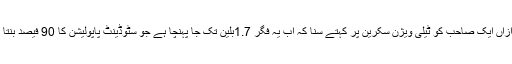
بعد ازاں ایک صاحب کو ٹیلی ویژن سکرین پر کہتے سُنا کہ اب یہ فِگر 1.7بلّین تک جا پہنچا ہے جو سٹوڈینٹ پاپولیشن کا 90 فیصد بنتا ہے۔